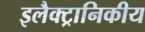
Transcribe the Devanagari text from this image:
इलैक्ट्रानिकीय